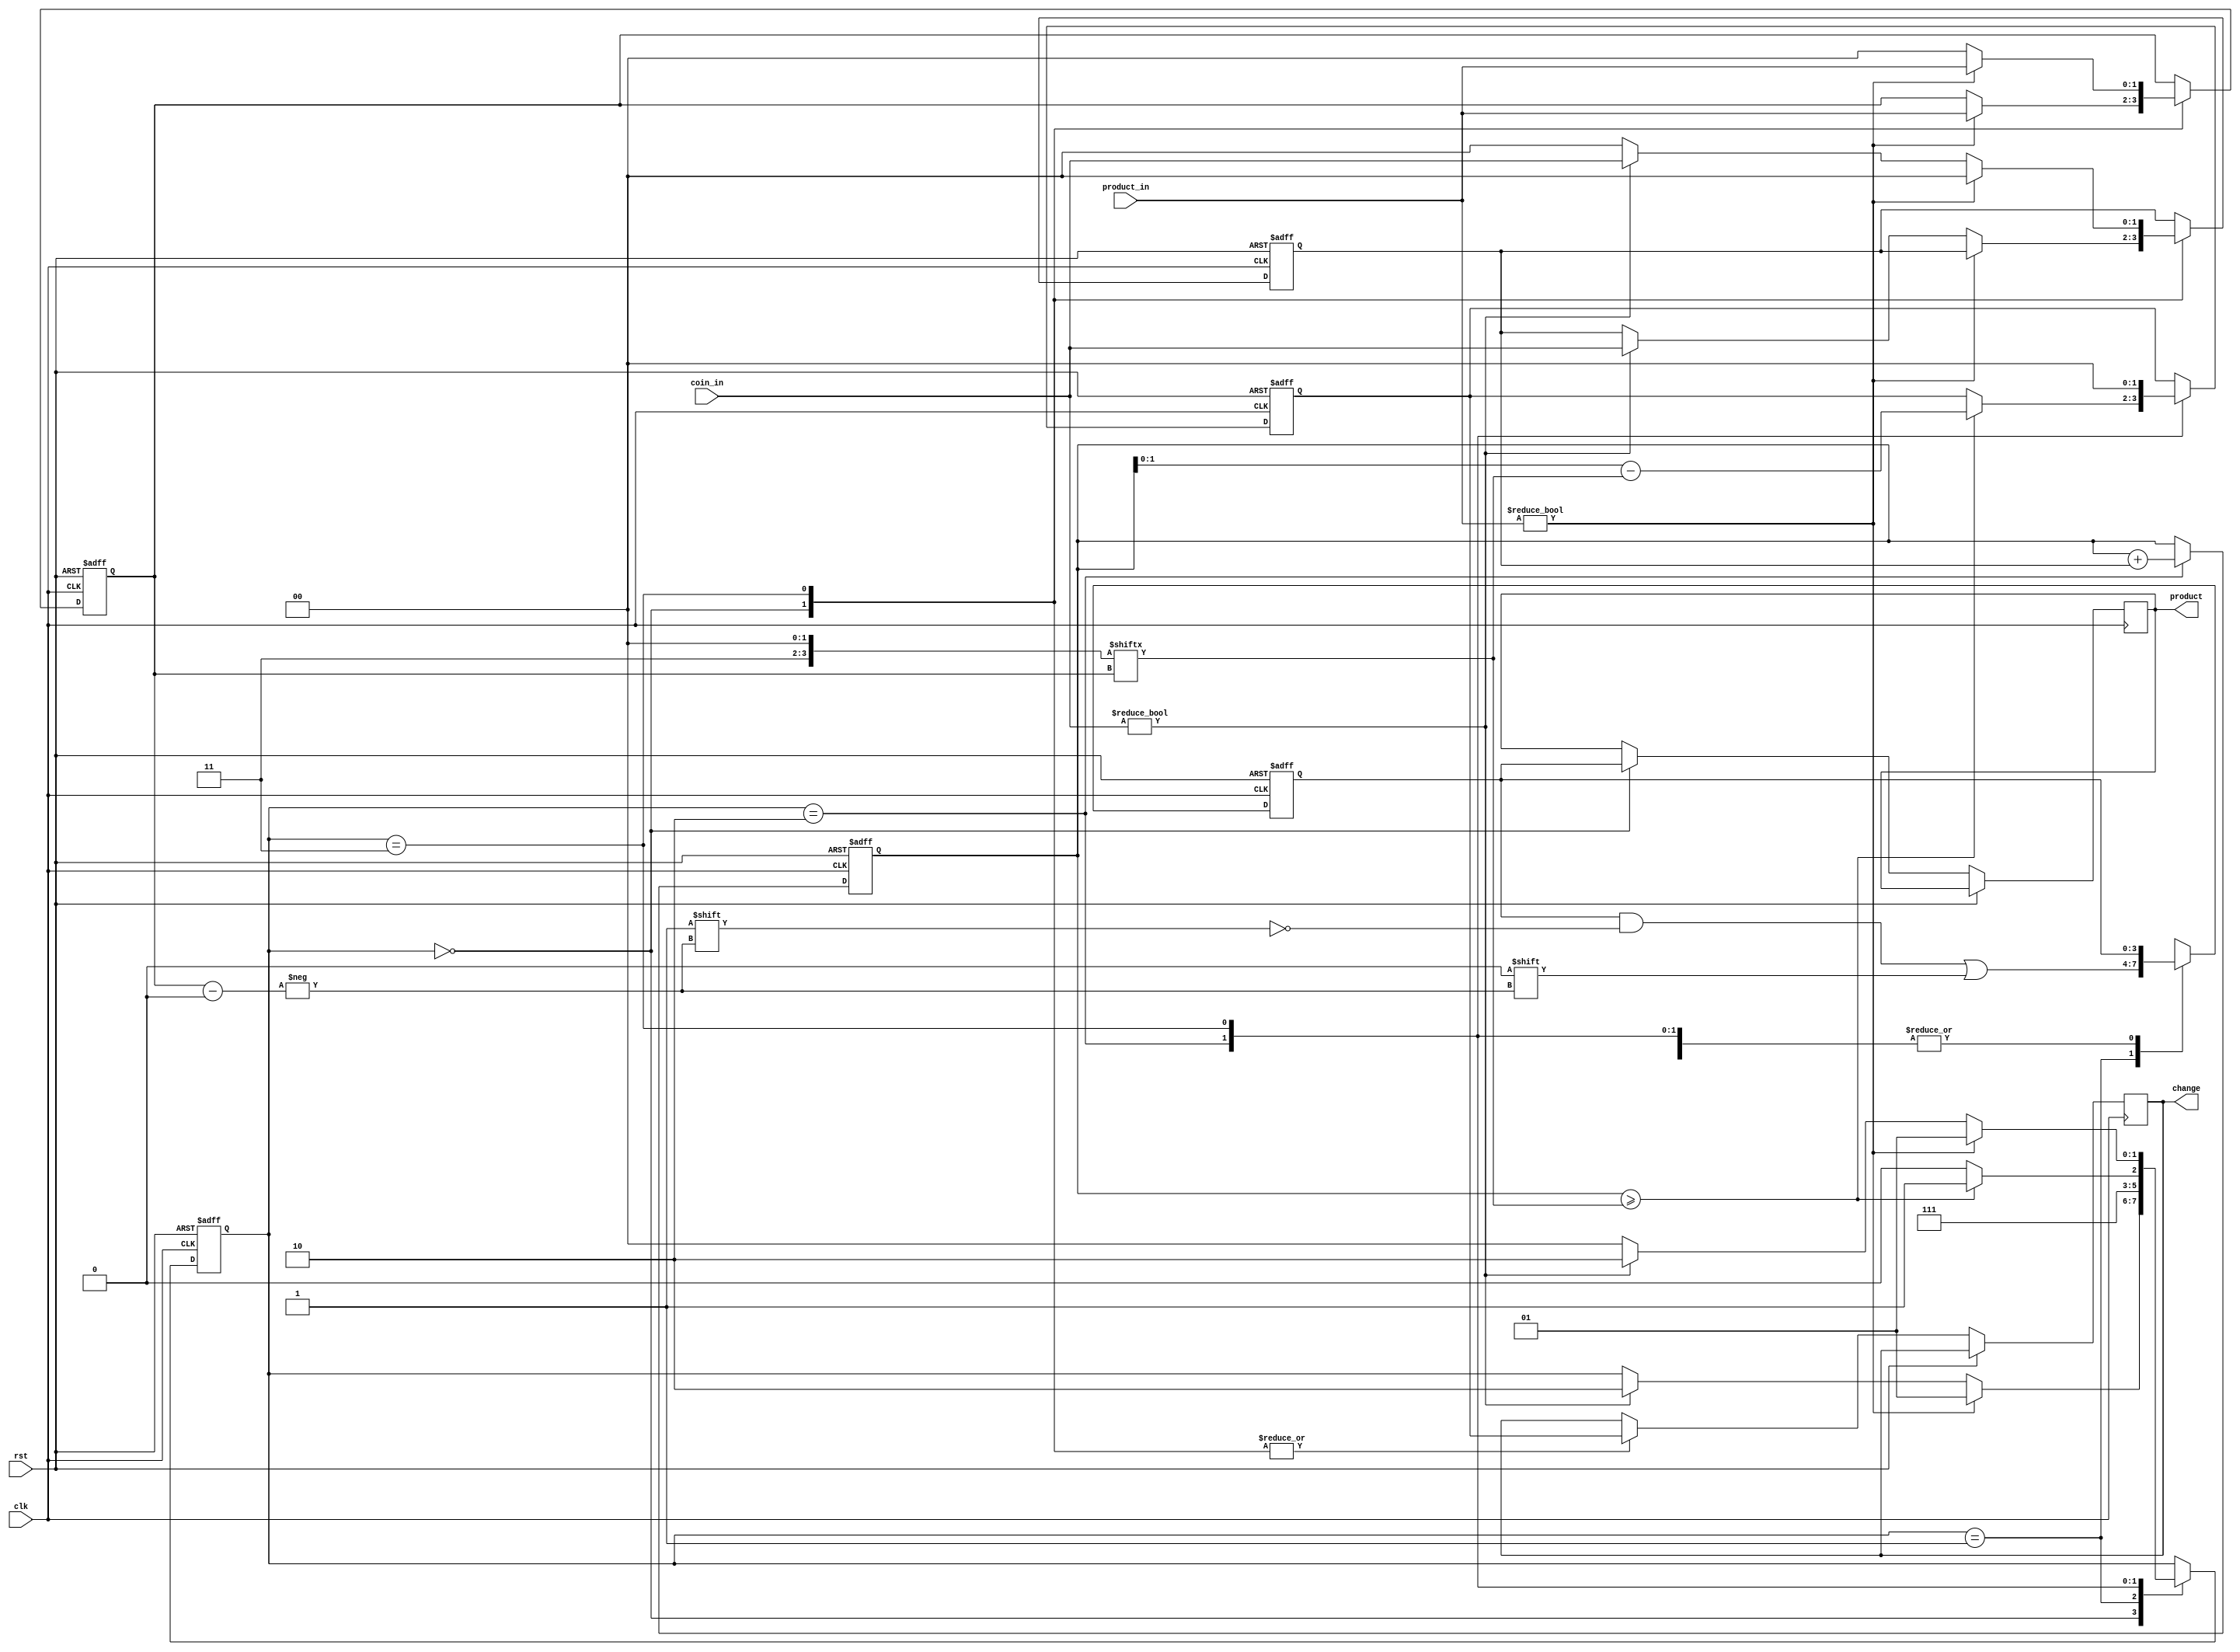
module vending_machine(
  input clk, // clock signal
  input rst, // reset signal
  input [1:0] coin_in, // input coin value (5, 10, 15, 20)
  input [1:0] product_in,// input product selection (0-3)
  output [1:0] change, // output change value (0-3)
  output [3:0] product // output product availability (1 if available, 0 otherwise)
);

  parameter IDLE_STATE = 2'b00;
  parameter SELECT_PRODUCT_STATE = 2'b01;
  parameter ACCEPT_COIN_STATE = 2'b10;
  parameter DISPENSE_PRODUCT_STATE = 2'b11;

  reg [1:0] state = IDLE_STATE;
  reg [3:0] product_count = 4'b1111;
  reg [3:0] product_dispensed = 4'b0000;
  reg [7:0] money = 8'd0;
  reg [1:0] selected_product = 2'b00;
  reg [1:0] accepted_coin = 2'b00;
  reg [1:0] return_change = 2'b00;
  reg [3:0] product_price;
  always @(posedge clk or posedge rst) begin
    if (rst) begin
      state <= IDLE_STATE;
      product_count <= 4'b1111;
      product_dispensed <= 4'b0000;
      money <= 8'd0;
      selected_product <= 2'b00;
      accepted_coin <= 2'b00;
      return_change <= 2'b00;
    end else begin
      case (state)
        IDLE_STATE: begin
          product <= product_count;
          change <= return_change;
          if (product_in != 2'b00) begin
            selected_product <= product_in;
            state <= SELECT_PRODUCT_STATE;
          end else if (coin_in != 2'b00) begin
            accepted_coin <= coin_in;
            state <= ACCEPT_COIN_STATE;
          end
        end
        SELECT_PRODUCT_STATE: begin
          product_count[selected_product] <= 1'b0;
          product_dispensed[selected_product] <= 1'b1;
          money <= money;
          state <= DISPENSE_PRODUCT_STATE;
        end
        ACCEPT_COIN_STATE: begin
          money <= money + {2'b00, accepted_coin};
          if (money >= product_price[selected_product]) begin
            return_change <= money - product_price[selected_product];
            state <= DISPENSE_PRODUCT_STATE;
          end else begin
            state <= ACCEPT_COIN_STATE;
          end
        end
        DISPENSE_PRODUCT_STATE: begin
          product_count <= product_count;
          product_dispensed[selected_product] <= 1'b0;
          change <= return_change;
          return_change <= 2'b00;
          selected_product <= 2'b00;
          accepted_coin <= 2'b00;
          if (product_in != 2'b00) begin
            selected_product <= product_in;
            state <= SELECT_PRODUCT_STATE;
          end else if (coin_in != 2'b00) begin
            accepted_coin <= coin_in;
            state <= ACCEPT_COIN_STATE;
          end else begin
            state <= IDLE_STATE;
          end
        end
      endcase
    end
  end

endmodule